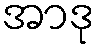
အာဒု